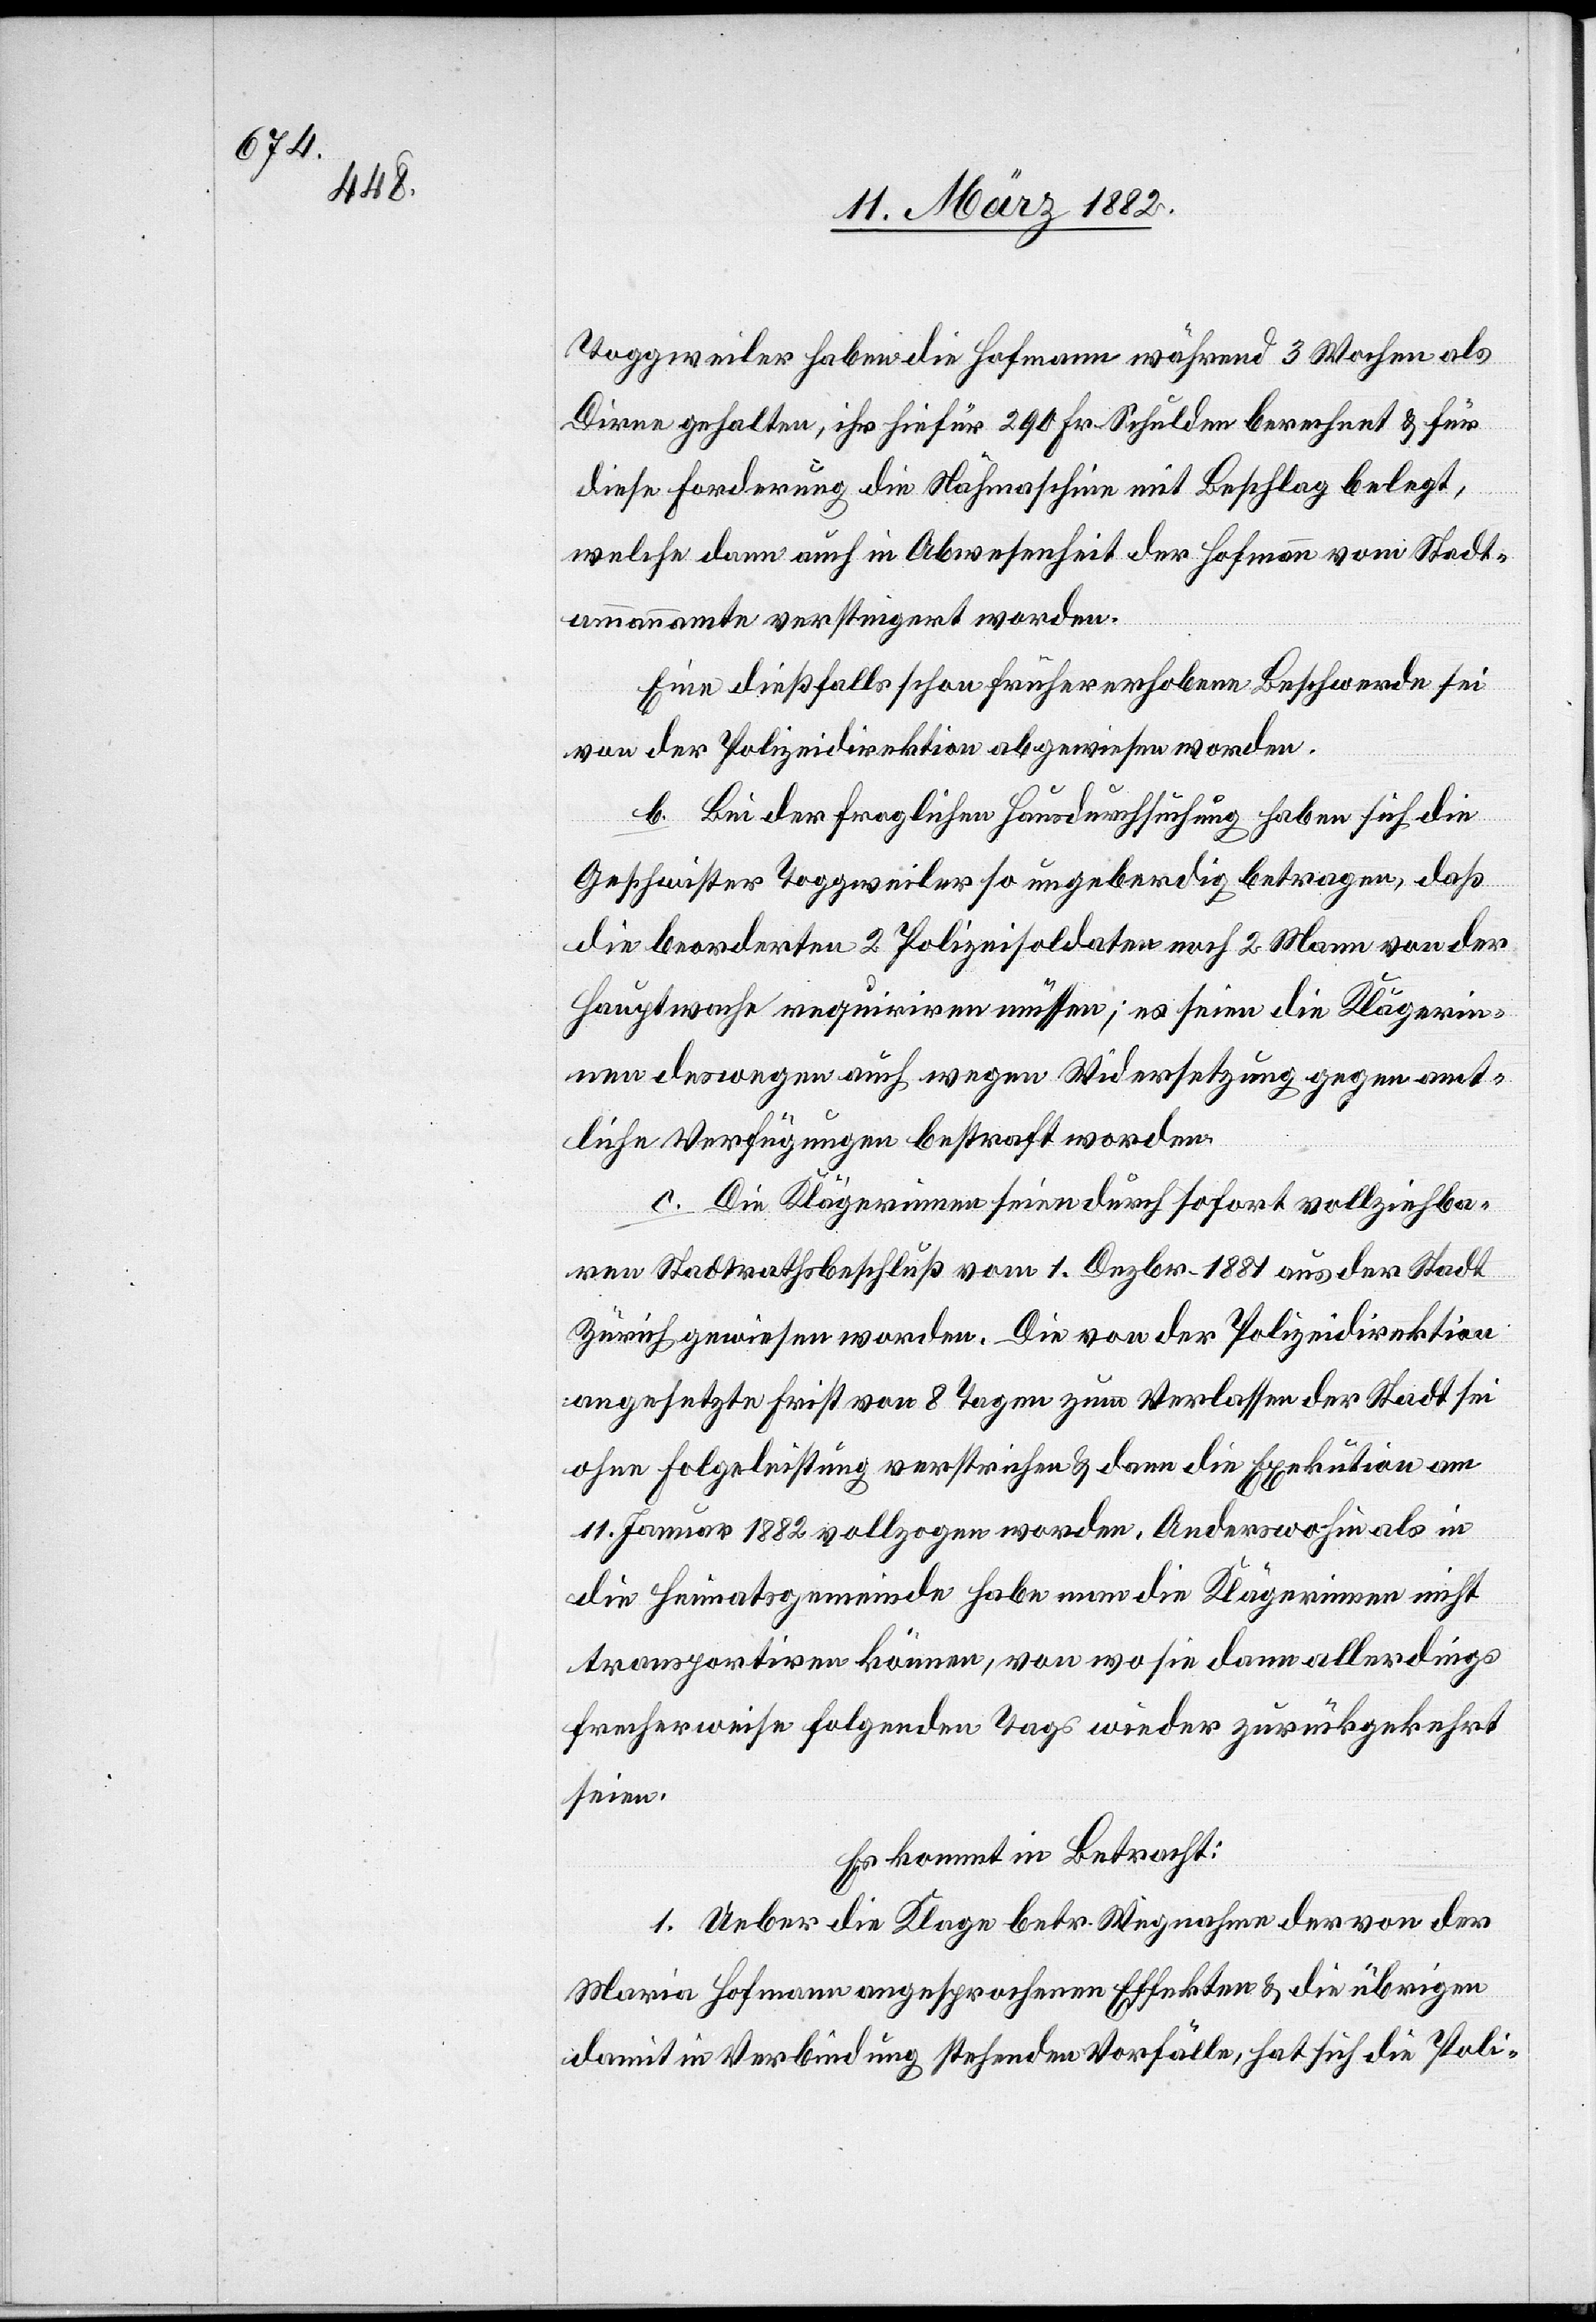
Toggweiler haben die Hofmann während 3 Wochen als
Dirne gehalten, ihr hiefür 290 Fr. Schulden berechnet & für
diese Forderung die Nähmaschine mit Beschlag belegt,
welche dann auch in Abwesenheit der Hofmann vom Stadt¬
ammanamte versteigert worden.
Eine diesßfalls schon früher erhobene Beschwerde sei
von der Polizeidirektion abgewiesen worden.
b. Bei der fraglichen Hausdurchsuchung haben sich die
Geschwister Toggweiler so ungeberdig betragen, daß
die beorderten 2 Polizeisoldaten noch 2 Mann von der
Hauptwache requiriren müssen; es seien die Klägerin¬
nen deswegen auch wegen Widersetzung gegen amt¬
liche Verfügungen bestraft worden.
c. Die Klägerinnen seien durch sofort vollziehba¬
ren Stadtrathsbeschluß vom 1. Dezbr. 1881 aus der Stadt
Zürich gewiesen worden. Die von der Polizeidirektion
angesetzte Frist von 8 Tagen zum Verlassen der Stadt sei
ohne Folgeleistung verstrichen & dann die Exekution am
11. Januar 1882 vollzogen worden. Anderswohin als in
die Heimatsgemeinde habe man die Klägerinnen nicht
transportiren können, von wo sie dann allerdings
frecherweise folgenden Tags wieder zurückgekehrt
seien.
Es kommt in Betracht:
1. Ueber die Klage betr. Wegnahme der von der
Maria Hofmann angesprochenen Effekten & die übrigen
damit in Verbindung stehenden Vorfälle, hat sich die Poli-